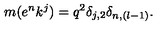
m ( e ^ { n } k ^ { j } ) = q ^ { 2 } \delta _ { j , 2 } \delta _ { n , ( l - 1 ) } .